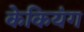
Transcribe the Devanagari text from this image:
केकियंग